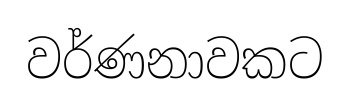
වර්ණනාවකට